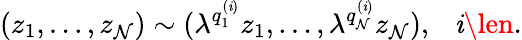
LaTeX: (z_{1},\ldots,z_{\mathcal{N}})\sim(\lambda^{q_{1}^{(\mathit{i})}}z_{1},\ldots,\lambda^{q_{\mathcal{N}}^{(\mathit{i})}}z_{\mathcal{N}}),~~~\mathit{i}\len.